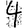
Digit: 4